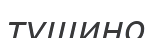
тушино